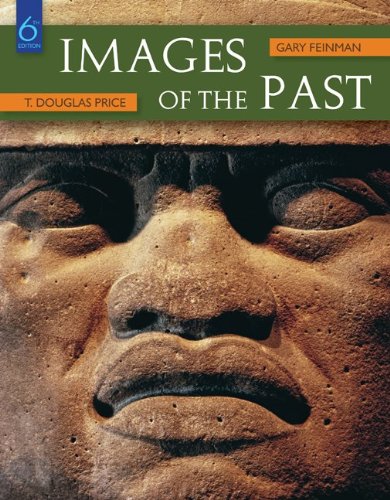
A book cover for Images of the Past; T. Douglas Price; Politics & Social Sciences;